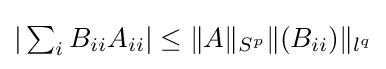
{\textstyle |\sum _{i}B_{ii}A_{ii}|\leq \|A\|_{S^{p}}\|(B_{ii})\|_{l^{q}}}